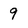
Character: 9